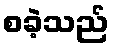
စခဲ့သည်